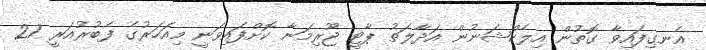
އެނގިފައިވާ ގޮތުން އިލެކްޝަނުން އަދާލަތު ޕާޓީ ޖޫރިމަނާ ކޮށްފައިވަނީ މިއަހަރުގެ ފެބުރުއަރީ 27